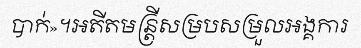
បាក់»។អតីតមន្ត្រីសម្របសម្រួលអង្គការ